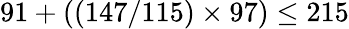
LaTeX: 91+((147/115)\times 97)\leq 215